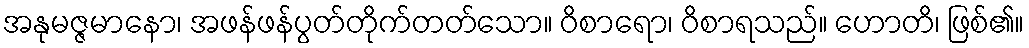
အနုမဇ္ဇမာနော၊ အဖန်ဖန်ပွတ်တိုက်တတ်သော။ ဝိစာရော၊ ဝိစာရသည်။ ဟောတိ၊ ဖြစ်၏။